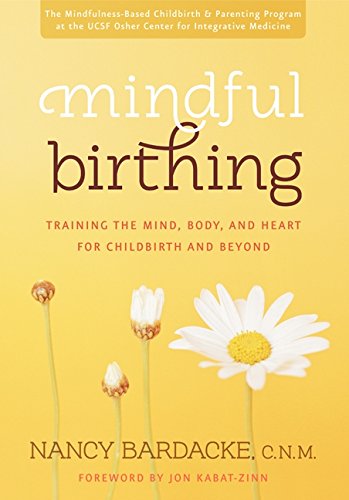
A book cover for Mindful Birthing: Training the Mind, Body, and Heart for Childbirth and Beyond; Nancy Bardacke; Parenting & Relationships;